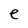
Character: e